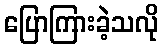
ပြောကြားခဲ့သလို